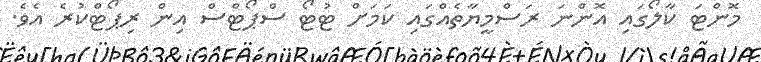
މޮންޓަ ކާލޯގައި އޮންނަ ރަސްމީޔާތެއްގައި ކަމަށް ޓުޓޯ ސްޕޯޓްސް އިން ރިޕޯޓްކުރެ އެވެ.